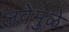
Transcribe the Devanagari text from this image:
लवेमुळे